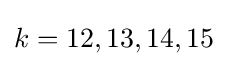
k=12,13,14,15